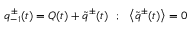
q _ { - 1 } ^ { \pm } ( t ) = Q ( t ) + \tilde { q } ^ { \pm } ( t ) ~ ~ ; ~ ~ \left< \tilde { q } ^ { \pm } ( t ) \right> = 0